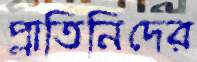
প্লাতিনিদের